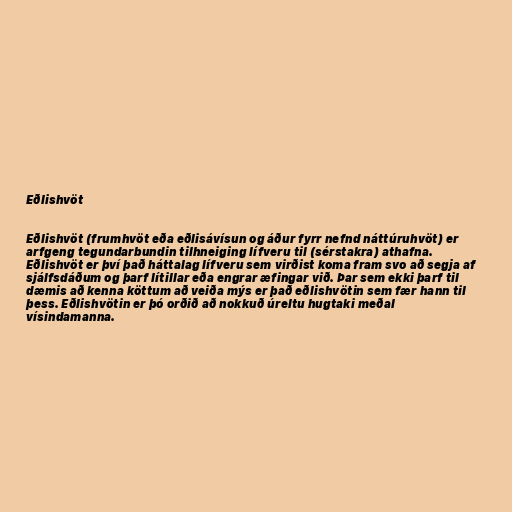
Eðlishvöt

Eðlishvöt (frumhvöt eða eðlisávísun og áður fyrr nefnd náttúruhvöt) er
arfgeng tegundarbundin tilhneiging lífveru til (sérstakra) athafna.
Eðlishvöt er því það háttalag lífveru sem virðist koma fram svo að segja af
sjálfsdáðum og þarf lítillar eða engrar æfingar við. Þar sem ekki þarf til
dæmis að kenna köttum að veiða mýs er það eðlishvötin sem fær hann til
þess. Eðlishvötin er þó orðið að nokkuð úreltu hugtaki meðal
vísindamanna.